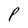
Character: P